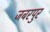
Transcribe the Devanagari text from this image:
जबरपुर